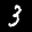
Label: 3